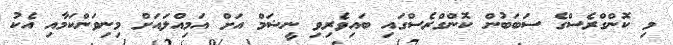
މި ކޮންގްރެސްގެ ސަބަބުން ކޮންގްރެސްގައި ބައިވެރިވި ނީޝަމް އަށް އަމިއްލައަށް މިނިވަންކަމާއި އެކު